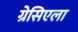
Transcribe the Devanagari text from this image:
ग्रेसिएला